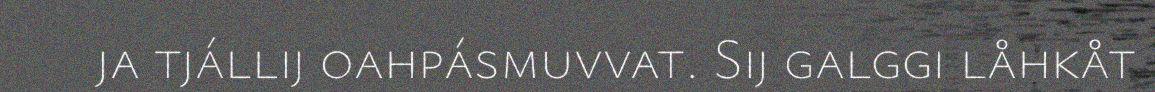
ja tjállij oahpásmuvvat. Sij galggi låhkåt